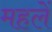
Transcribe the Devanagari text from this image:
महलें